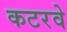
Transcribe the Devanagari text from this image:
कटरवे